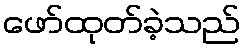
ဖော်ထုတ်ခဲ့သည်